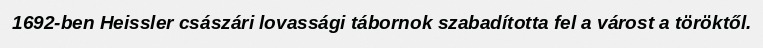
1692-ben Heissler császári lovassági tábornok szabadította fel a várost a töröktől.